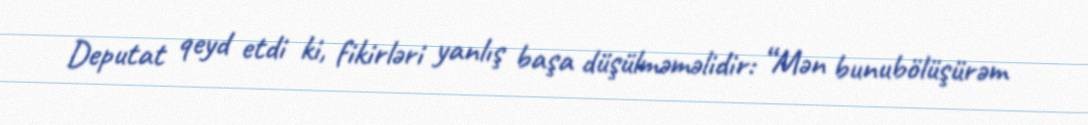
Deputat qeyd etdi ki, fikirləri yanlış başa düşülməməlidir: “Mən bunubölüşürəm